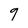
Character: 9